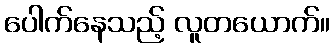
ပေါက်နေသည့် လူတယောက်။